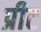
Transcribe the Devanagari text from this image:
प्रीट